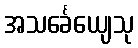
အသင်္ခေယျေသု